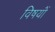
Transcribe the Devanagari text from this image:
विषयोंं